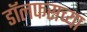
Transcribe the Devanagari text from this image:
डॉलफसच्या